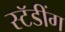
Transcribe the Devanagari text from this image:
स्टॅडींग